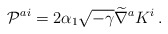
\begin{align*}{\cal P}^{ai} = 2 \alpha_1 \sqrt{-\gamma} \widetilde{\nabla}^a K^i\,.\end{align*}